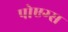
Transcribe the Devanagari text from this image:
पोएग्स